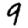
Digit: 9